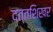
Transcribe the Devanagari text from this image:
दत्तशिखर